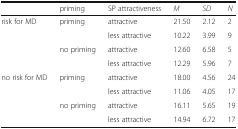
|  | priming | SP attractiveness | M | SD | N |
 | --- | --- | --- | --- | --- | --- |
 | <ROWSPAN=4> risk for MD | <ROWSPAN=2> priming | attractive | 21.50 | 2.12 | 2 |
 | less attractive | 10.22 | 3.99 | 9 |
 | <ROWSPAN=2> no priming | attractive | 12.60 | 6.58 | 5 |
 | less attractive | 12.29 | 5.96 | 7 |
 | <ROWSPAN=4> no risk for MD | <ROWSPAN=2> priming | attractive | 18.00 | 4.56 | 24 |
 | less attractive | 11.06 | 4.05 | 17 |
 | <ROWSPAN=2> no priming | attractive | 16.11 | 5.65 | 19 |
 | less attractive | 14.94 | 6.72 | 17 |